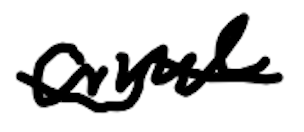
Text: and
Cross-out: wave
Writing tool: digital_black